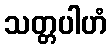
သတ္တပါဟံ